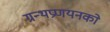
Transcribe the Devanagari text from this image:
ग्रन्थप्रणयनकाे